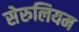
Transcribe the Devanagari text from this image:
सेरुलियम